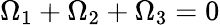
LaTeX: \Omega_{1}+\Omega_{2}+\Omega_{3}=0